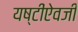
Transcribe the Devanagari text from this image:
यष्टींऐवजी